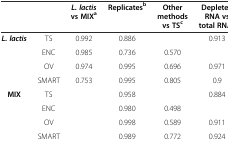
|  |  | L. lactisvs MIXa | Replicatesb | Other methods vs TSc | Depleted RNA vs total RNAd |
 | --- | --- | --- | --- | --- | --- |
 | <ROWSPAN=4> L. lactis | TS | 0.992 | 0.886 |  | 0.913 |
 | ENC | 0.985 | 0.736 | 0.570 |  |
 | OV | 0.974 | 0.995 | 0.696 | 0.971 |
 | SMART | 0.753 | 0.995 | 0.805 | 0.9 |
 | <ROWSPAN=3> MIX | TS |  | 0.958 |  | 0.884 |
 | ENC |  | 0.980 | 0.498 |  |
 | OV |  | 0.998 | 0.589 | 0.911 |
 |  | SMART |  | 0.989 | 0.772 | 0.924 |